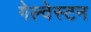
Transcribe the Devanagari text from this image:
गेल्‍वेस्‍टन